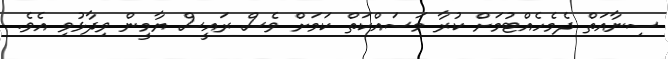
ސިނާއަތް ދެމެހެއްޓުމަށް ކުރާ މަސައްކަތް ކަމަށް ވެސް ރައީސް ޔާމީން ވިދާޅުވި އެވެ.